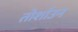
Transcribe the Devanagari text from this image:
तोर्शाउन